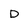
Character: D